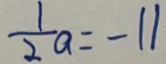
\frac { 1 } { 2 } a = - 1 1